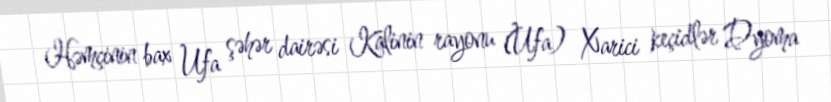
Həmçinin bax Ufa şəhər dairəsi Kalinin rayonu (Ufa) Xarici keçidlər Dyoma